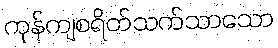
ကုန်ကျစရိတ်သက်သာသော